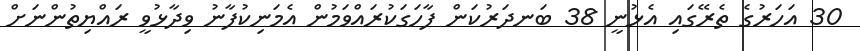
30 އަހަރުގެ ތެރޭގައި އެޅުނީ 38 ބަނދަރުކަން ފާހަގަކުރައްވަމުން އެމަނިކުފާނު ވިދާޅުވީ ރައްޔިތުންނަށް